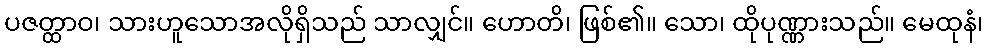
ပဇတ္ထာဝ၊ သားဟူသောအလိုရှိသည် သာလျှင်။ ဟောတိ၊ ဖြစ်၏။ သော၊ ထိုပုဏ္ဏားသည်။ မေထုနံ၊